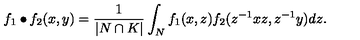
f _ { 1 } \bullet f _ { 2 } ( x , y ) = \frac { 1 } { | N \cap K | } \int _ { N } f _ { 1 } ( x , z ) f _ { 2 } ( z ^ { - 1 } x z , z ^ { - 1 } y ) d z .